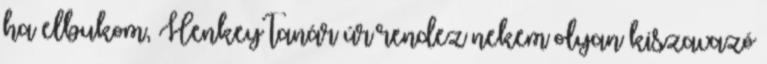
ha elbukom, Henkey tanár úr rendez nekem olyan kiszavazó